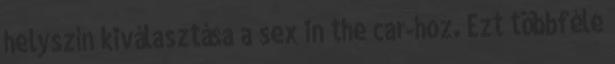
helyszín kiválasztása a sex in the car-hoz. Ezt többféle